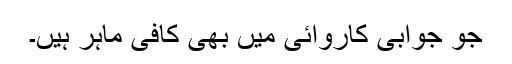
جو جوابی کاروائی میں بھی کافی ماہر ہیں۔